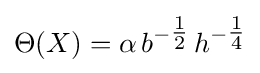
\Theta (X)=\alpha \,b^{-{\tfrac {1}{2}}}\,h^{-{\tfrac {1}{4}}}